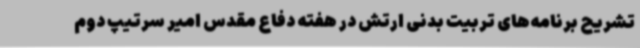
تشریح برنامه‌های تربیت بدنی ارتش در هفته دفاع مقدس امیر سرتیپ دوم